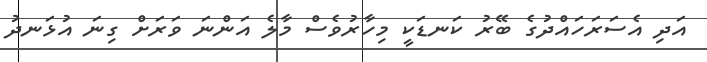
އަދި އެސަރަހައްދުގެ ބޭރު ކަނޑަކީ މިހާރުވެސް މާލެ އަންނަ ވަރަށް ގިނަ އުޅަނދު